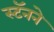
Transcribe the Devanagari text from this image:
स्टॅनने